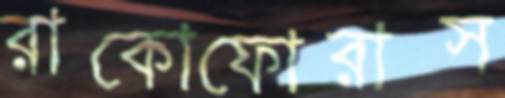
রাকোফোরাস